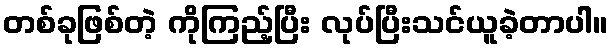
တစ်ခုဖြစ်တဲ့ ကိုကြည့်ပြီး လုပ်ပြီးသင်ယူခဲ့တာပါ။